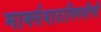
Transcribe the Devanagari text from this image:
मार्क्सवादाविषयीची